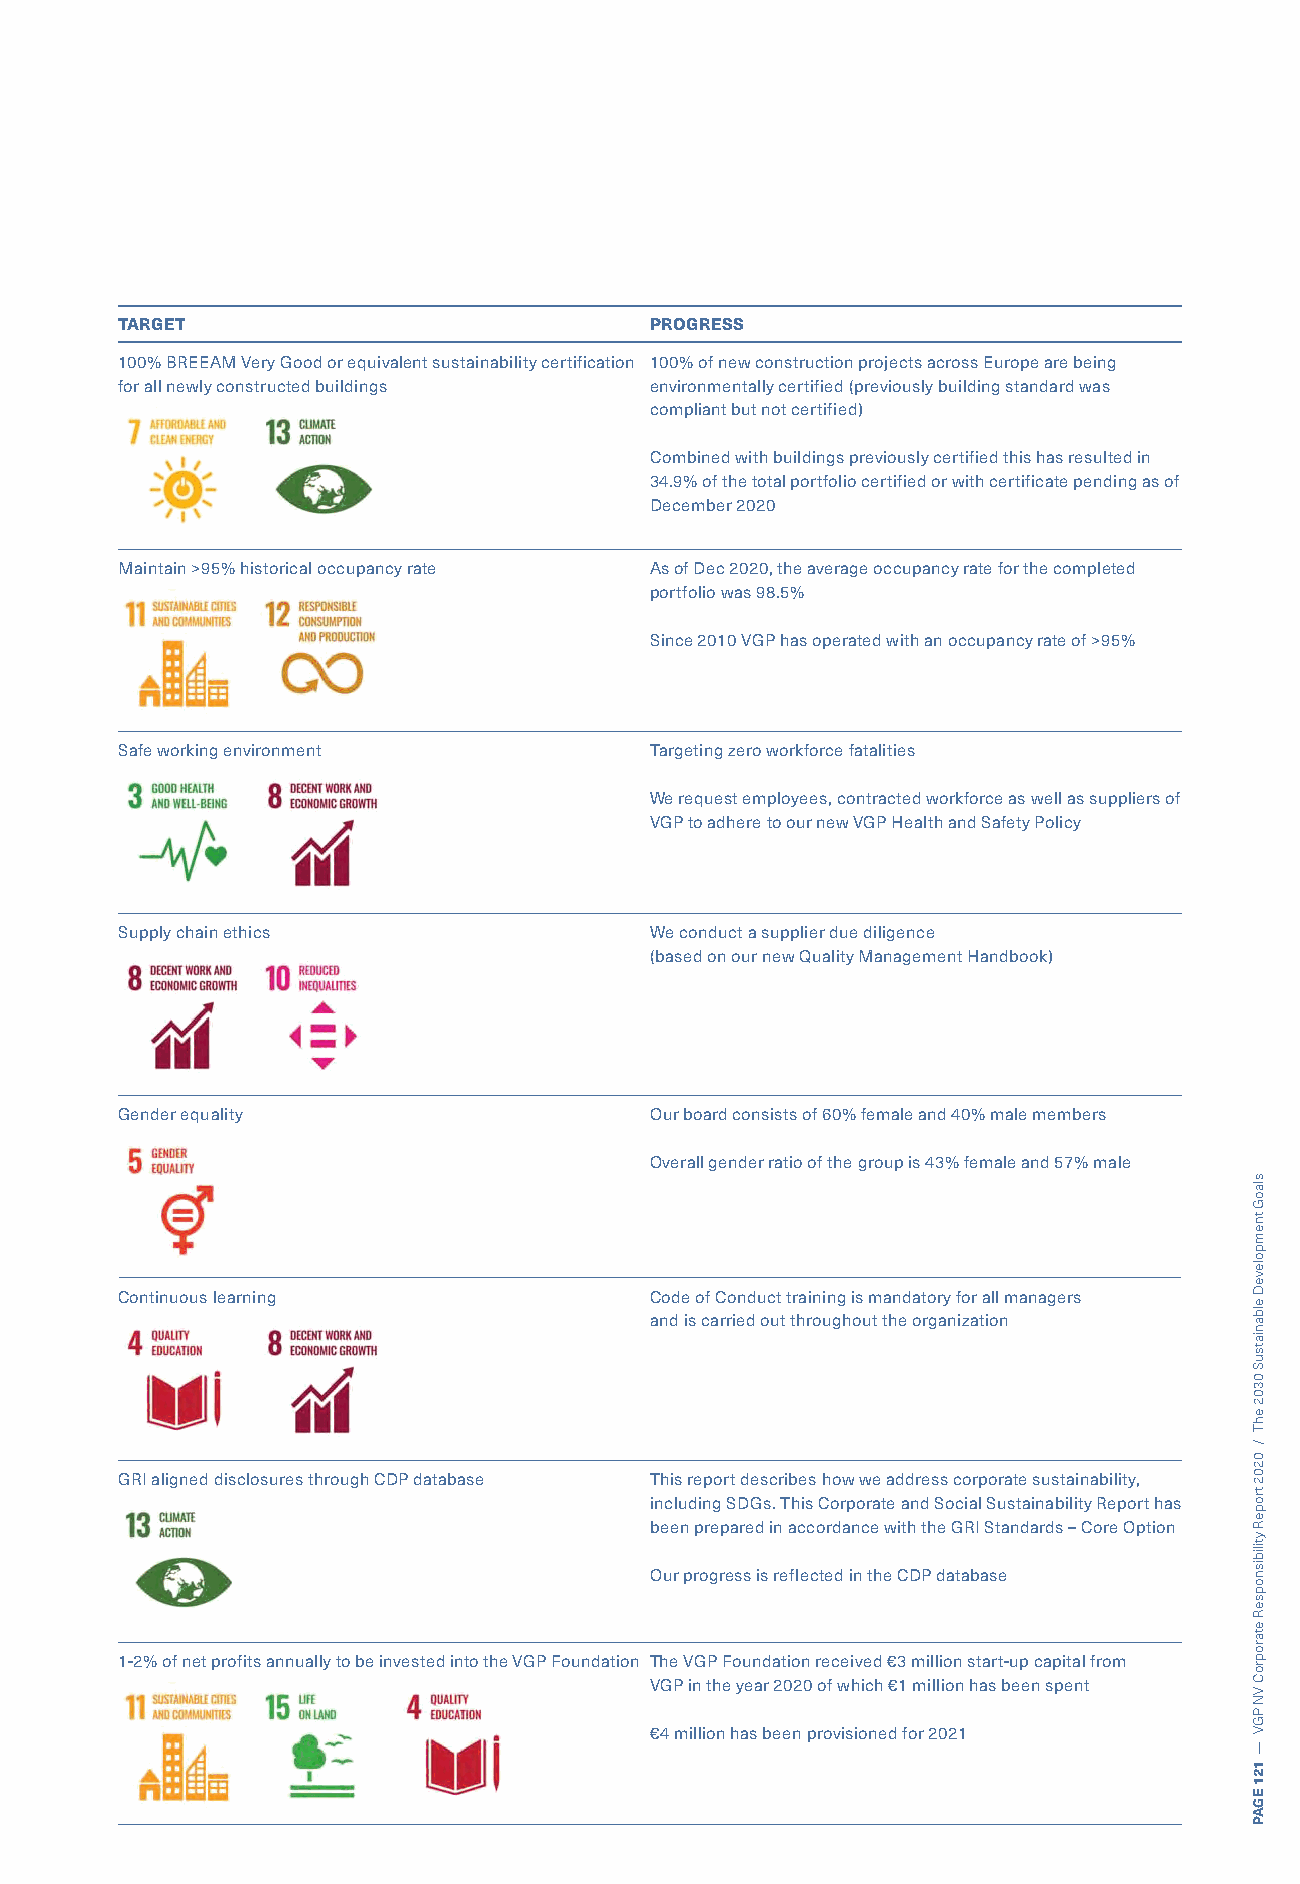
TARGET                             PROGRESS
 100% BREEAM Very Good or equivalent sustainability certification 100% of new construction projects across Europe are being
 for all newly constructed buildings environmentally certified (previously building standard was
 compliant but not certified)
 Combined with buildings previously certified this has resulted in
 34.9% of the total portfolio certified or with certificate pending as of
 December 2020
 Maintain >95% historical occupancy rate As of Dec 2020, the average occupancy rate for the completed
 portfolio was 98.5%
 Since 2010 VGP has operated with an occupancy rate of >95%
 Safe working environment           Targeting zero workforce fatalities
 We request employees, contracted workforce as well as suppliers of
 VGP to adhere to our new VGP Health and Safety Policy
 Supply chain ethics                We conduct a supplier due diligence
 (based on our new Quality Management Handbook)
 Gender equality                    Our board consists of 60% female and 40% male members
 Overall gender ratio of the group is 43% female and 57% male
 Continuous learning                Code of Conduct training is mandatory for all managers
 and is carried out throughout the organization
 GRI aligned disclosures through CDP database This report describes how we address corporate sustainability,
 including SDGs. This Corporate and Social Sustainability Report has
 been prepared in accordance with the GRI Standards – Core Option
 Our progress is reflected in the CDP database
 1-2% of net profits annually to be invested into the VGP Foundation The VGP Foundation received €3 million start-up capital from
 VGP in the year 2020 of which €1 million has been spent
 €4 million has been provisioned for 2021
 slaoG
 tnempoleveD
 elbaniatsuS
 0302
 ehT
 /
 0202
 tropeR
 ytilibisnopseR
 etaroproC
 VN
 PGV
 —
 121
 EGAP